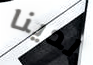
لدينا